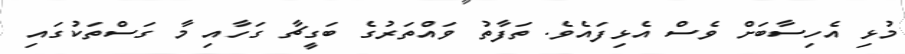
މުޅި އެހިސާބަށް ވެސް އެޅިފައެވެ. ތަފާތު ވައްތަރުގެ ބަގީޗާ ގަހާއި މާ ގަސްތަކުގައި